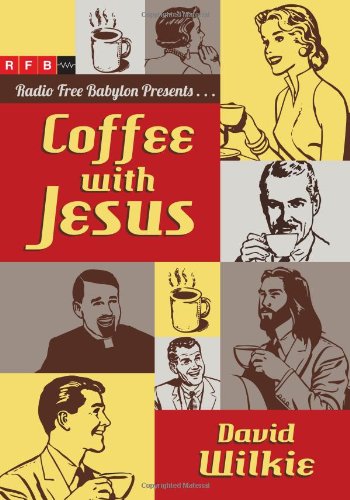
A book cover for Coffee with Jesus; David Wilkie; Comics & Graphic Novels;